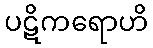
ပဋိကရောဟိ